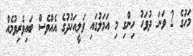
މަހުގެ 2 ވަނަ ދުވަހު ހިންގި މި އަމަލުގައި ވަލީއަހުދުގެ އެއްވެސް ބައިވެރިވުމެއް